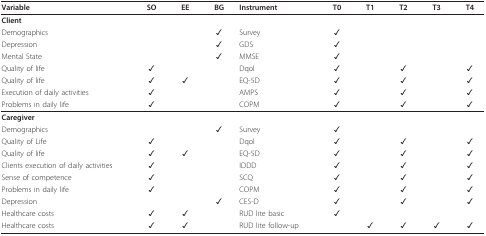
<table><thead><tr><td><b>Variable</b></td><td><b>SO</b></td><td><b>EE</b></td><td><b>BG</b></td><td><b>Instrument</b></td><td><b>T0</b></td><td><b>T1</b></td><td><b>T2</b></td><td><b>T3</b></td><td><b>T4</b></td></tr></thead><tbody><tr><td><b>Client</b></td><td></td><td></td><td></td><td></td><td></td><td></td><td></td><td></td><td></td></tr><tr><td>Demographics</td><td></td><td></td><td>✓</td><td>Survey</td><td>✓</td><td></td><td></td><td></td><td></td></tr><tr><td>Depression</td><td></td><td></td><td>✓</td><td>GDS</td><td>✓</td><td></td><td></td><td></td><td></td></tr><tr><td>Mental State</td><td></td><td></td><td>✓</td><td>MMSE</td><td>✓</td><td></td><td></td><td></td><td></td></tr><tr><td>Quality of life</td><td>✓</td><td></td><td></td><td>Dqol</td><td>✓</td><td></td><td>✓</td><td></td><td>✓</td></tr><tr><td>Quality of life</td><td>✓</td><td>✓</td><td></td><td>EQ-5D</td><td>✓</td><td></td><td>✓</td><td></td><td>✓</td></tr><tr><td>Execution of daily activities</td><td>✓</td><td></td><td></td><td>AMPS</td><td>✓</td><td></td><td>✓</td><td></td><td>✓</td></tr><tr><td>Problems in daily life</td><td>✓</td><td></td><td></td><td>COPM</td><td>✓</td><td></td><td>✓</td><td></td><td>✓</td></tr><tr><td><b>Caregiver</b></td><td></td><td></td><td></td><td></td><td></td><td></td><td></td><td></td><td></td></tr><tr><td>Demographics</td><td></td><td></td><td>✓</td><td>Survey</td><td>✓</td><td></td><td></td><td></td><td></td></tr><tr><td>Quality of Life</td><td>✓</td><td></td><td></td><td>Dqol</td><td>✓</td><td></td><td>✓</td><td></td><td>✓</td></tr><tr><td>Quality of life</td><td>✓</td><td>✓</td><td></td><td>EQ-5D</td><td>✓</td><td></td><td>✓</td><td></td><td>✓</td></tr><tr><td>Clients execution of daily activities</td><td>✓</td><td></td><td></td><td>IDDD</td><td>✓</td><td></td><td>✓</td><td></td><td>✓</td></tr><tr><td>Sense of competence</td><td>✓</td><td></td><td></td><td>SCQ</td><td>✓</td><td></td><td>✓</td><td></td><td>✓</td></tr><tr><td>Problems in daily life</td><td>✓</td><td></td><td></td><td>COPM</td><td>✓</td><td></td><td>✓</td><td></td><td>✓</td></tr><tr><td>Depression</td><td></td><td></td><td>✓</td><td>CES-D</td><td>✓</td><td></td><td>✓</td><td></td><td>✓</td></tr><tr><td>Healthcare costs</td><td>✓</td><td>✓</td><td></td><td>RUD lite basic</td><td>✓</td><td></td><td></td><td></td><td></td></tr><tr><td>Healthcare costs</td><td>✓</td><td>✓</td><td></td><td>RUD lite follow-up</td><td></td><td>✓</td><td>✓</td><td>✓</td><td>✓</td></tr></tbody></table>